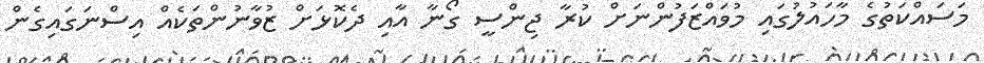
މަސައްކަތުގެ މާހައުލުގައި މުވައްޒަފުންނަށް ކުރާ ޖިންސީ ގޯނާ އާއި ދެކޮޅަށް ޒުވާނުންތަކެއް އިސްނަގައިގެން